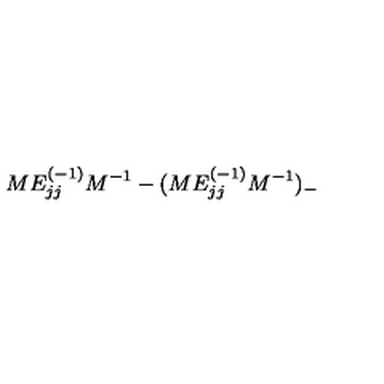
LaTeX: M E _ { j j } ^ { ( - 1 ) } M ^ { - 1 } - ( M E _ { j j } ^ { ( - 1 ) } M ^ { - 1 } ) _ { - }